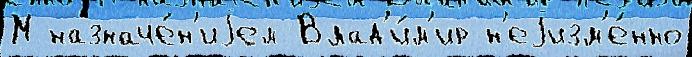
М назначе́н'иjем Влад'и́м'ир н'еjизм'е́нно